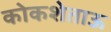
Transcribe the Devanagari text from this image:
कोकशेताऊ